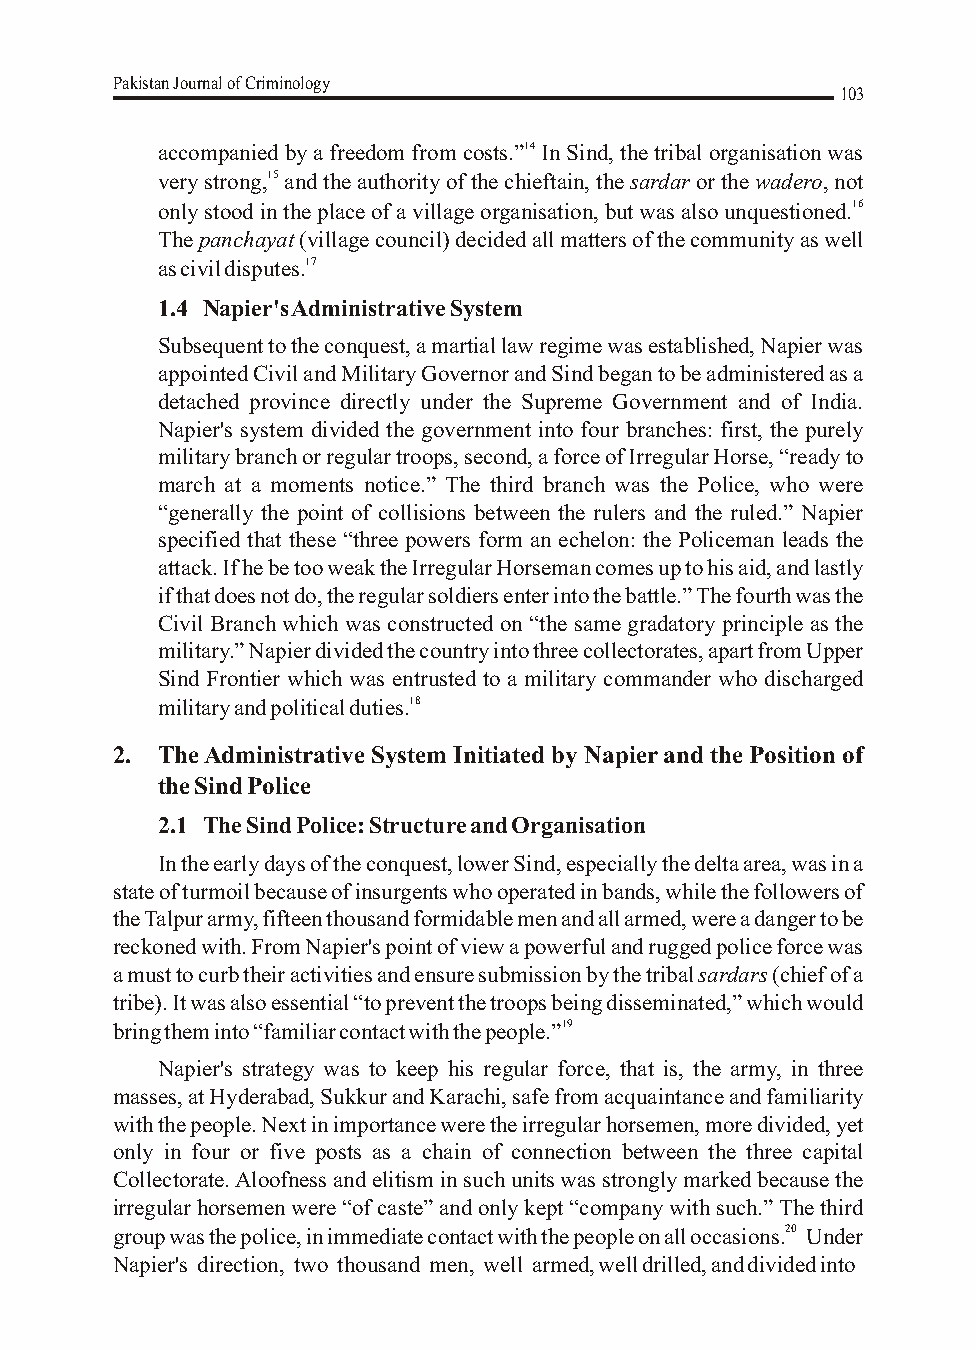
Pakistan Journal of Criminology
 103
 accompanied by a freedom from costs.”14 In Sind, the tribal organisation was
 very strong,15 and the authority of the chieftain, the sardar or the wadero, not
 only stood in the place of a village organisation, but was also unquestioned.16
 The panchayat (village council) decided all matters of the community as well
 as civil disputes.17
 1.4 Napier's Administrative System
 Subsequent to the conquest, a martial law regime was established, Napier was
 appointed Civil and Military Governor and Sind began to be administered as a
 detached province directly under the Supreme Government and of India.
 Napier's system divided the government into four branches: first, the purely
 military branch or regular troops, second, a force of Irregular Horse, “ready to
 march at a moments notice.” The third branch was the Police, who were
 “generally the point of collisions between the rulers and the ruled.” Napier
 specified that these “three powers form an echelon: the Policeman leads the
 attack. If he be too weak the Irregular Horseman comes up to his aid, and lastly
 if that does not do, the regular soldiers enter into the battle.” The fourth was the
 Civil Branch which was constructed on “the same gradatory principle as the
 military.” Napier divided the country into three collectorates, apart from Upper
 Sind Frontier which was entrusted to a military commander who discharged
 military and political duties.18
 2. The Administrative System Initiated by Napier and the Position of
 the Sind Police
 2.1 The Sind Police: Structure and Organisation
 In the early days of the conquest, lower Sind, especially the delta area, was in a
 state of turmoil because of insurgents who operated in bands, while the followers of
 the Talpur army, fifteen thousand formidable men and all armed, were a danger to be
 reckoned with. From Napier's point of view a powerful and rugged police force was
 a must to curb their activities and ensure submission by the tribal sardars (chief of a
 tribe). It was also essential “to prevent the troops being disseminated,” which would
 bring them into “familiar contact with the people.”19
 Napier's strategy was to keep his regular force, that is, the army, in three
 masses, at Hyderabad, Sukkur and Karachi, safe from acquaintance and familiarity
 with the people. Next in importance were the irregular horsemen, more divided, yet
 only in four or five posts as a chain of connection between the three capital
 Collectorate. Aloofness and elitism in such units was strongly marked because the
 irregular horsemen were “of caste” and only kept “company with such.” The third
 group was the police, in immediate contact with the people on all occasions.20 Under
 Napier's direction, two thousand men, well armed, well drilled, and divided into